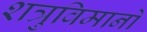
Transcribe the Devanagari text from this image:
शत्रुविमानों